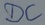
Text: DC